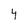
Character: 4